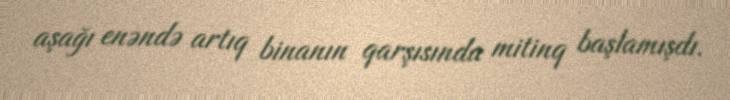
aşağı enəndə artıq binanın qarşısında mitinq başlamışdı.